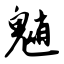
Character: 魈